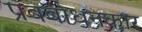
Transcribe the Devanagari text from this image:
प्रबबोधनकार